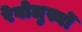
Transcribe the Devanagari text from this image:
रेवोलुस्योँ